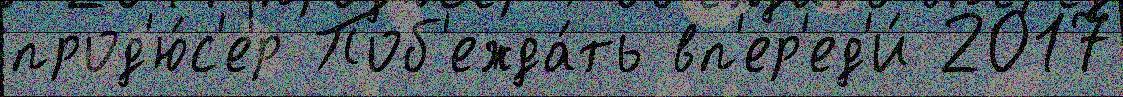
прод'ю́с'ер Поб'ежда́ть вп'ер'ед'и́ 2017